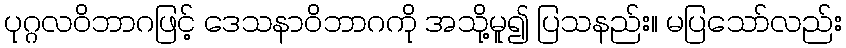
ပုဂ္ဂလဝိဘာဂဖြင့် ဒေသနာဝိဘာဂကို အသို့မူ၍ ပြသနည်း။ မပြသော်လည်း